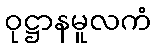
ဝုဋ္ဌာနမူလကံ